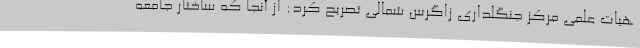
هیات علمی مرکز جنگلداری زاگرس شمالی تصریح کرد: از آنجا که ساختار جامعه